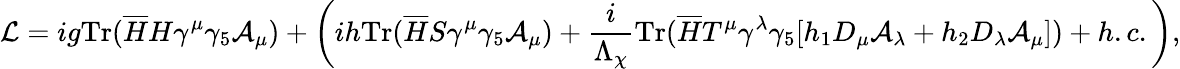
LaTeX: {\cal L}=ig{\mathrm{Tr}}(\overline{{{H}}}H\gamma^{\mu}\gamma_{5}{\cal A}_{\mu})+\left(ih{\mathrm{Tr}}(\overline{{{H}}}S\gamma^{\mu}\gamma_{5}{\cal A}_{\mu})+\frac{i}{\Lambda_{\chi}}{\mathrm{Tr}}(\overline{{{H}}}T^{\mu}\gamma^{\lambda}\gamma_{5}[h_{1}D_{\mu}{\cal A}_{\lambda}+h_{2}D_{\lambda}{\cal A}_{\mu}])+h.c.\right),